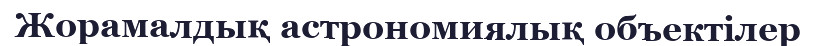
Жорамалдық астрономиялық объектілер